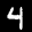
Label: 4